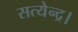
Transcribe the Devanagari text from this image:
सत्येन्द्र।